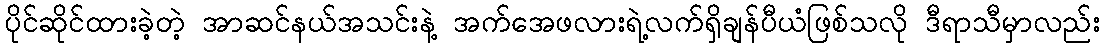
ပိုင်ဆိုင်ထားခဲ့တဲ့ အာဆင်နယ်အသင်းနဲ့ အက်အေဖလားရဲ့လက်ရှိချန်ပီယံဖြစ်သလို ဒီရာသီမှာလည်း